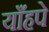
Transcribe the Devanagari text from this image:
याँहपे